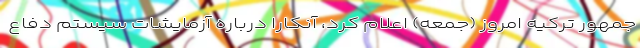
جمهور ترکیه امروز (جمعه) اعلام کرد، آنکارا درباره آزمایشات سیستم دفاع